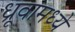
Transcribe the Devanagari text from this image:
ध्रूवामध्ये